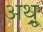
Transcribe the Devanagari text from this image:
अथ़्रू